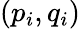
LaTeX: \left({p_{i},q_{i}}\right)